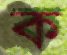
ক